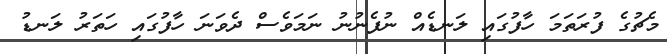
މެޗުގެ ފުރަތަމަ ހާފުގައި ލަނޑެއް ނުފެނުނު ނަމަވެސް ދެވަނަ ހާފުގައި ހަތަރު ލަނޑު